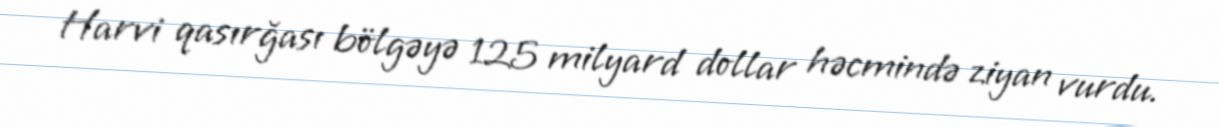
Harvi qasırğası bölgəyə 125 milyard dollar həcmində ziyan vurdu.